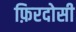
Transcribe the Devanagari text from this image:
फ़िरदोसी